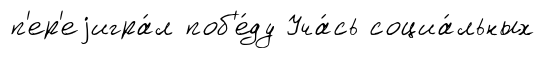
п'ер'еjигра́л поб'е́ду Уча́сь социа́льных